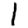
Digit: 1